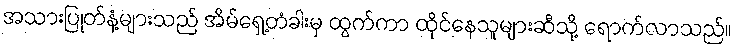
အသားပြုတ်နံ့များသည် အိမ်ရှေ့တံခါးမှ ထွက်ကာ ထိုင်နေသူများဆီသို့ ရောက်လာသည်။